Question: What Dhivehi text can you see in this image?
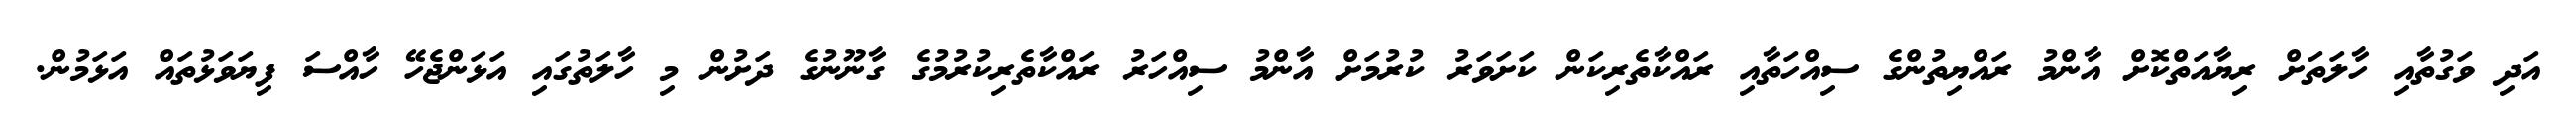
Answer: އަދި ވަގުތާއި ހާލަތަށް ރިޔާއަތްކޮށް އާންމު ރައްޔިތުންގެ ސިއްހަތާއި ރައްކާތެރިކަން ކަށަވަރު ކުރުމަށް އާންމު ސިއްހަރު ރައްކާތެރިކުރުމުގެ ގާނޫނުގެ ދަށުން މި ހާލަތުގައި އަޅަންޖެހޭ ހާއްސަ ފިޔަވަޅުތައް އަޅަމުން.